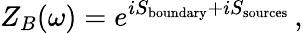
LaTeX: Z_{B}(\omega)=e^{iS_{\mathrm{boundary}}+iS_{\mathrm{sources}}}\, ,